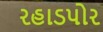
રહાડપોર